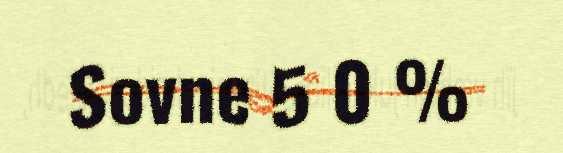
Sovne 5 0 %